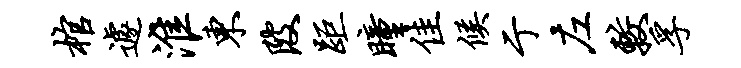
棺遽淮东陂距瞳佳候亍左较孚